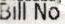
BILL NO